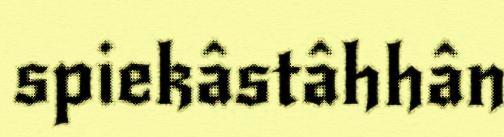
spiekâstâhhân